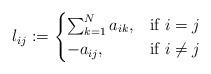
LaTeX: \begin{align*}l_{ij} : =\begin{cases}\sum_{k=1}^{N} a_{ik}, & \mbox{if } i=j \\ -a_{ij}, & \mbox{if } i \neq j\end{cases}\end{align*}